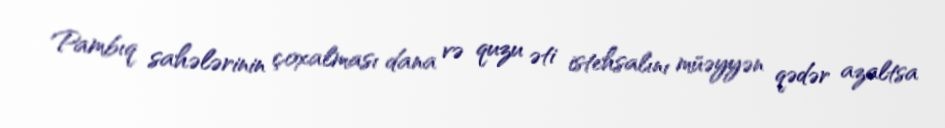
Pambıq sahələrinin çoxalması dana və quzu əti istehsalını müəyyən qədər azaltsa